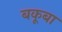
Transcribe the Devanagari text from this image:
बकूबा